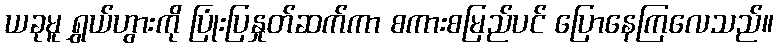
ယခုမူ ရွှယ်ဟွားကို ပြုံးပြနှုတ်ဆက်ကာ စကားစမြည်ပင် ပြောနေကြလေသည်။